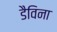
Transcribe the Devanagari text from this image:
डैविना